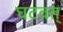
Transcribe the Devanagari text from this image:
घटवत्